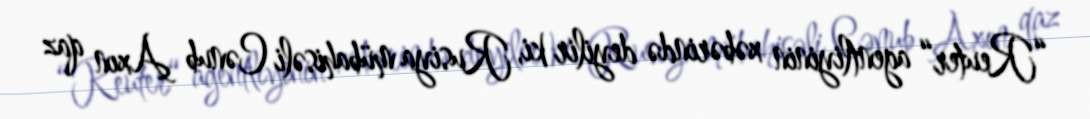
“Reuter“ agentliyinin xəbərində deyilir ki, Rusiya mübahisəli Cənub Axın qaz